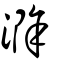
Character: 滁